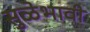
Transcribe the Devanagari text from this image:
सुळेभावी